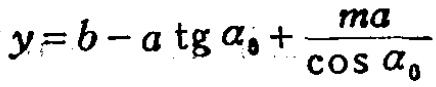
\(y=b - a\operatorname{tg}\alpha_{0}+\frac{ma}{\cos\alpha_{0}}\)